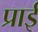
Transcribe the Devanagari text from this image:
प्राई